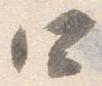
四